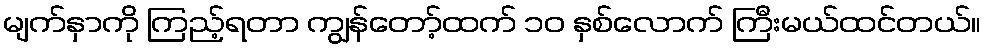
မျက်နှာကို ကြည့်ရတာ ကျွန်တော့်ထက် ၁၀ နှစ်လောက် ကြီးမယ်ထင်တယ်။